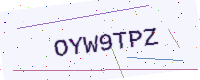
Text: OYW9TPZ